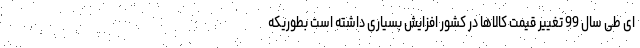
ای طی سال 99 تغییر قیمت کالاها در کشور افزایش بسیاری داشته است بطوریکه